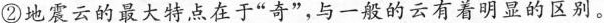
②地震云的最大特点在于”奇”，与一般的云有着明显的区别。